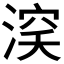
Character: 𰜞